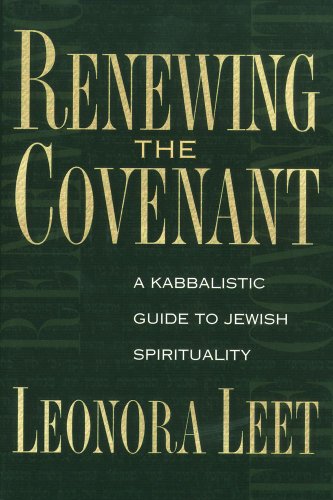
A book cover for Renewing the Covenant: A Kabbalistic Guide to Jewish Spirituality; Leonora Leet Ph.D.; Religion & Spirituality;